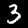
Digit: 3